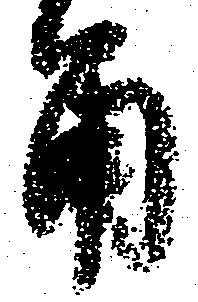
角